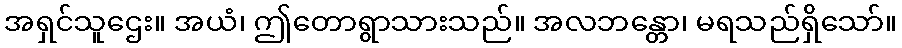
အရှင်သူဌေး။ အယံ၊ ဤတောရွာသားသည်။ အလဘန္တော၊ မရသည်ရှိသော်။